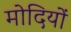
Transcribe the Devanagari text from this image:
मोदियों